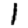
Digit: 1